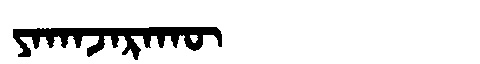
Manchu: ᠶᠠᡴᠠᠵᠠᡵᠠᡴᡡ
Romanization: YAKAJARAKŪ